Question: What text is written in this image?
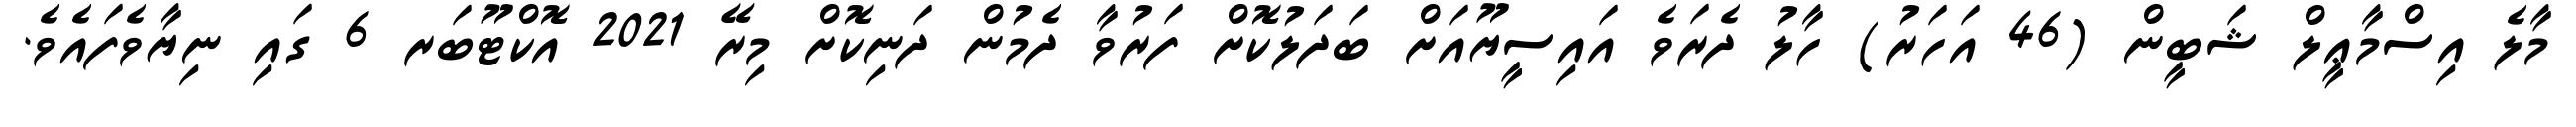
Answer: މާލެ އިސްމާޢީލް ޝަބީން (46 އަހަރު) ހާލު ދެރަވެ އައިސީޔޫއަށް ބަދަލުކޮށް ފަރުވާ ދެމުން ދަނިކޮށް މިރޭ 2021 އޮކްޓޫބަރ 6 ގައި ނިޔާވެފައެވެ.